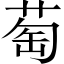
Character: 萄